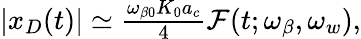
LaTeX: \begin{array}{r}{|x_{D}(t)|\simeq\frac{\omega_{\beta 0}K_{0}a_{c}}{4}\mathcal{F}(t;\omega_{\beta},\omega_{w})\mathrm{,}}\end{array}